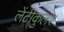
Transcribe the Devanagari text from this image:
लेंटीकुलर